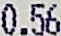
0.56